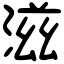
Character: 滋